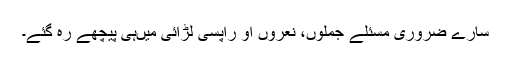
سارے ضروری مسئلے جملوں، نعروں او رآپسی لڑائی میںہی پیچھے رہ گئے۔